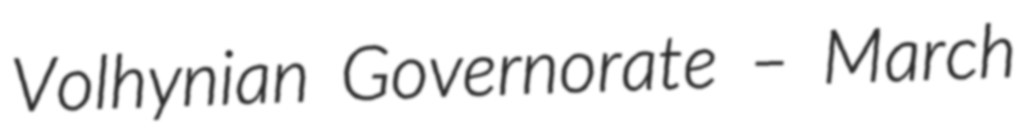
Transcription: Volhynian Governorate – March